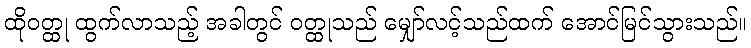
ထိုဝတ္ထု ထွက်လာသည့် အခါတွင် ဝတ္ထုသည် မျှော်လင့်သည်ထက် အောင်မြင်သွားသည်။